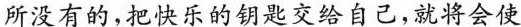
所没有的，把快乐的钥匙交给自己，就将会使